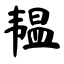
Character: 韫